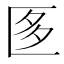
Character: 𭅚